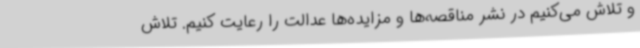
و تلاش می‌کنیم در نشر مناقصه‌ها و مزایده‌ها عدالت را رعایت کنیم. تلاش